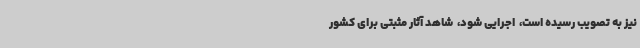
نیز به تصویب رسیده است، ‌ اجرایی شود، ‌ شاهد آثار مثبتی برای کشور